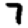
Digit: 7